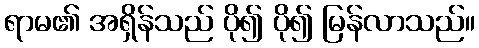
ရာမ၏ အရှိန်သည် ပို၍ ပို၍ မြန်လာသည်။